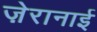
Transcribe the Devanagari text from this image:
ज़ेरानाई